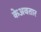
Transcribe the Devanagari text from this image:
केअवतार